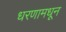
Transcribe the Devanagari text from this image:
धरणामधून